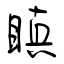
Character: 瞋